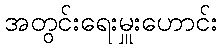
အတွင်းရေးမှူးဟောင်း